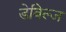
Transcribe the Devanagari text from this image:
डेविल्ज